Indian Civil Veterinary Department memoirs
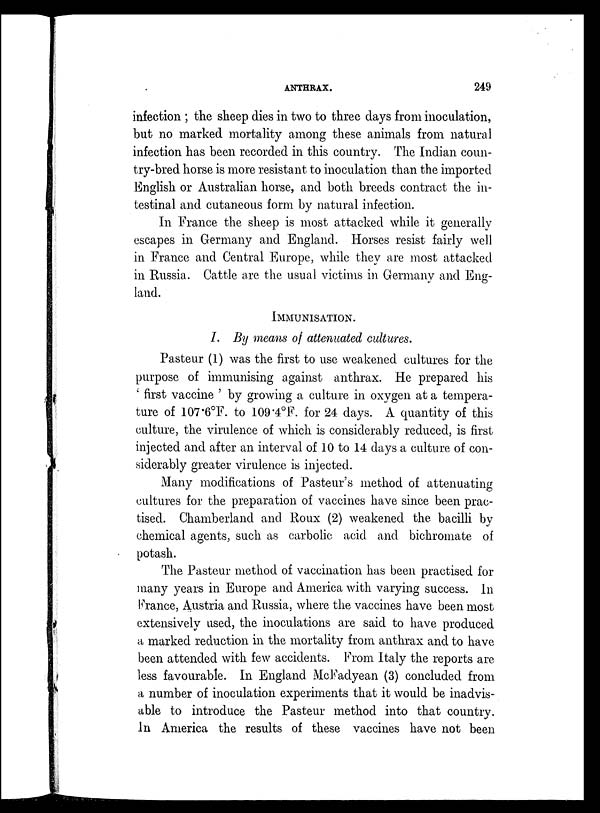
ANTHRAX.
249
infection ; the sheep dies in two to three days from inoculation,
but no marked mortality among these animals from natural
infection has been recorded in this country. The Indian coun-
try-bred horse is more resistant to inoculation than the imported
English or Australian horse, and both breeds contract the in-
testinal and cutaneous form by natural infection.
In France the sheep is most attacked while it generally
escapes in Germany and England. Horses resist fairly well
in France and Central Europe, while they are most attacked
in Russia. Cattle are the usual victims in Germany and Eng-
land.
IMMUNISATION.
I. By means of attenuated cultures.
Pasteur (1) was the first to use weakened cultures for the
purpose of immunising against anthrax. He prepared his
' first vaccine ' by growing a culture in oxygen at a tempera-
ture of 107.6°F. to 109.4°F. for 24 days. A quantity of this
culture, the virulence of which is considerably reduced, is first
injected and after an interval of 10 to 14 days a culture of con-
siderably greater virulence is injected.
Many modifications of Pasteur's method of attenuating
cultures for the preparation of vaccines have since been prac-
tised. Chamberland and Roux (2) weakened the bacilli by
chemical agents, such as carbolic acid and bichromate of
potash.
The Pasteur method of vaccination has been practised for
many years in Europe and America with varying success. In
France, Austria and Russia, where the vaccines have been most
extensively used, the inoculations are said to have produced
a marked reduction in the mortality from anthrax and to have
been attended with few accidents. From Italy the reports are
less favourable. In England McFadyean (3) concluded from
a number of inoculation experiments that it would be inadvis-
able to introduce the Pasteur method into that country.
In America the results of these vaccines have not been